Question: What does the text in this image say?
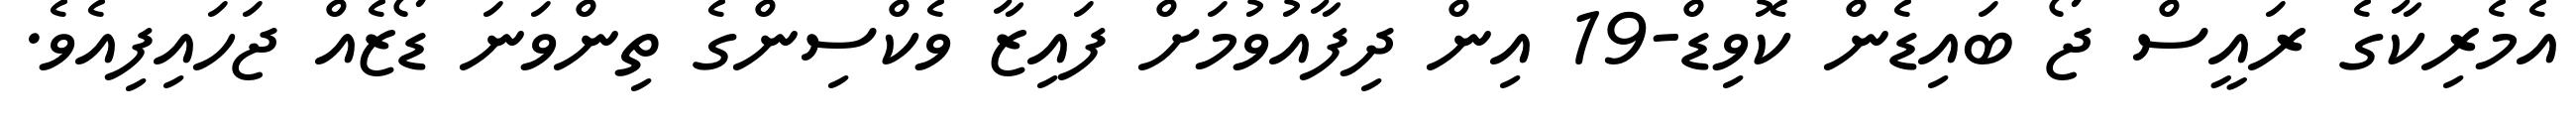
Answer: އެމެރިކާގެ ރައީސް ޖޯ ބައިޑެން ކޮވިޑް-19 އިން ދިފާއުވުމަށް ފައިޒާ ވެކްސިންގެ ތިންވަނަ ޑޯޒެއް ޖަހައިފިއެވެ.